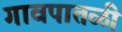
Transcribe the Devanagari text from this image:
गावपातळी